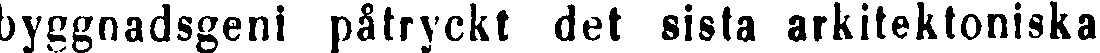
byggnadsgeni påtryckt det sista arkitektoniska